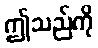
ဤသည်ကို